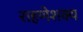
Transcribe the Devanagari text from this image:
राहणेशक्य